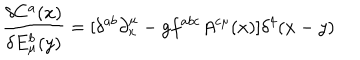
\frac { \delta C ^ { a } ( x ) } { \delta E _ { \mu } ^ { b } ( y ) } = [ \delta ^ { a b } \partial _ { x } ^ { \mu } - g f ^ { a b c } A ^ { c \mu } ( x ) ] \delta ^ { 4 } ( x - y )